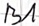
Text: B1